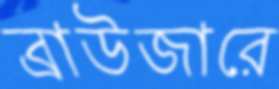
ব্রাউজারে